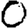
Digit: 0